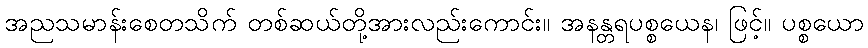
အညသမာန်းစေတသိက် တစ်ဆယ်တို့အားလည်းကောင်း။ အနန္တရပစ္စယေန၊ ဖြင့်။ ပစ္စယော